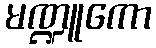
မဏ္ဍူကော